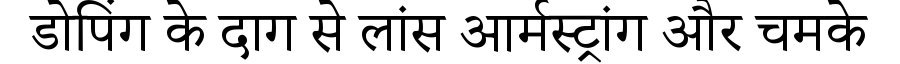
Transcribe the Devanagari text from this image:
डोपिंग के दाग से लांस आर्मस्ट्रांग और चमके